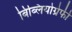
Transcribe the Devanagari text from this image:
बिब्लियोग्रेफी